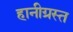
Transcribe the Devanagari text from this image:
हानीग्रस्त